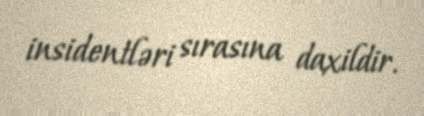
insidentləri sırasına daxildir.